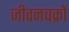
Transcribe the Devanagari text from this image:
जीवनचक्रों